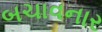
બચાવનાર